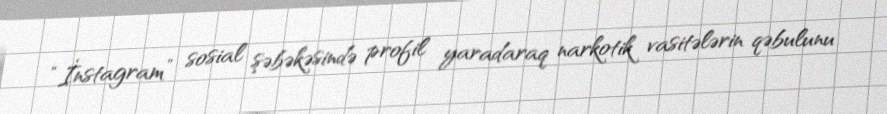
“İnstagram” sosial şəbəkəsində profil yaradaraq narkotik vasitələrin qəbulunu